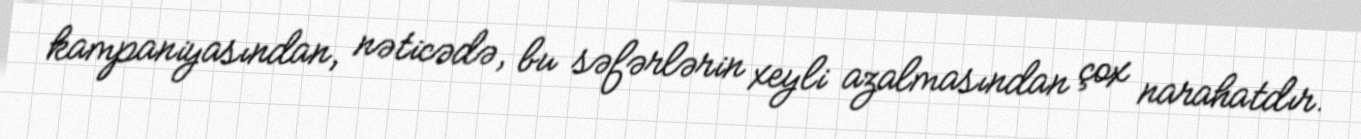
kampaniyasından, nəticədə, bu səfərlərin xeyli azalmasından çox narahatdır.